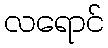
လရောင်